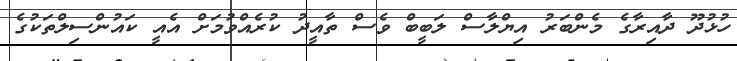
ހުޅުދޫ ދާއިރާގެ މެންބަރު އިޔްލާސް ލަބީބް ވެސް ތާއީދު ކުރެއްވުމަށް އެއީ ކައުންސިލްތަކުގެ